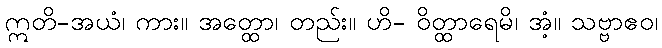
ဣတိ-အယံ၊ ကား။ အတ္ထော၊ တည်း။ ဟိ- ဝိတ္ထာရေမိ၊ အံ့။ သဗ္ဗာဧဝ၊